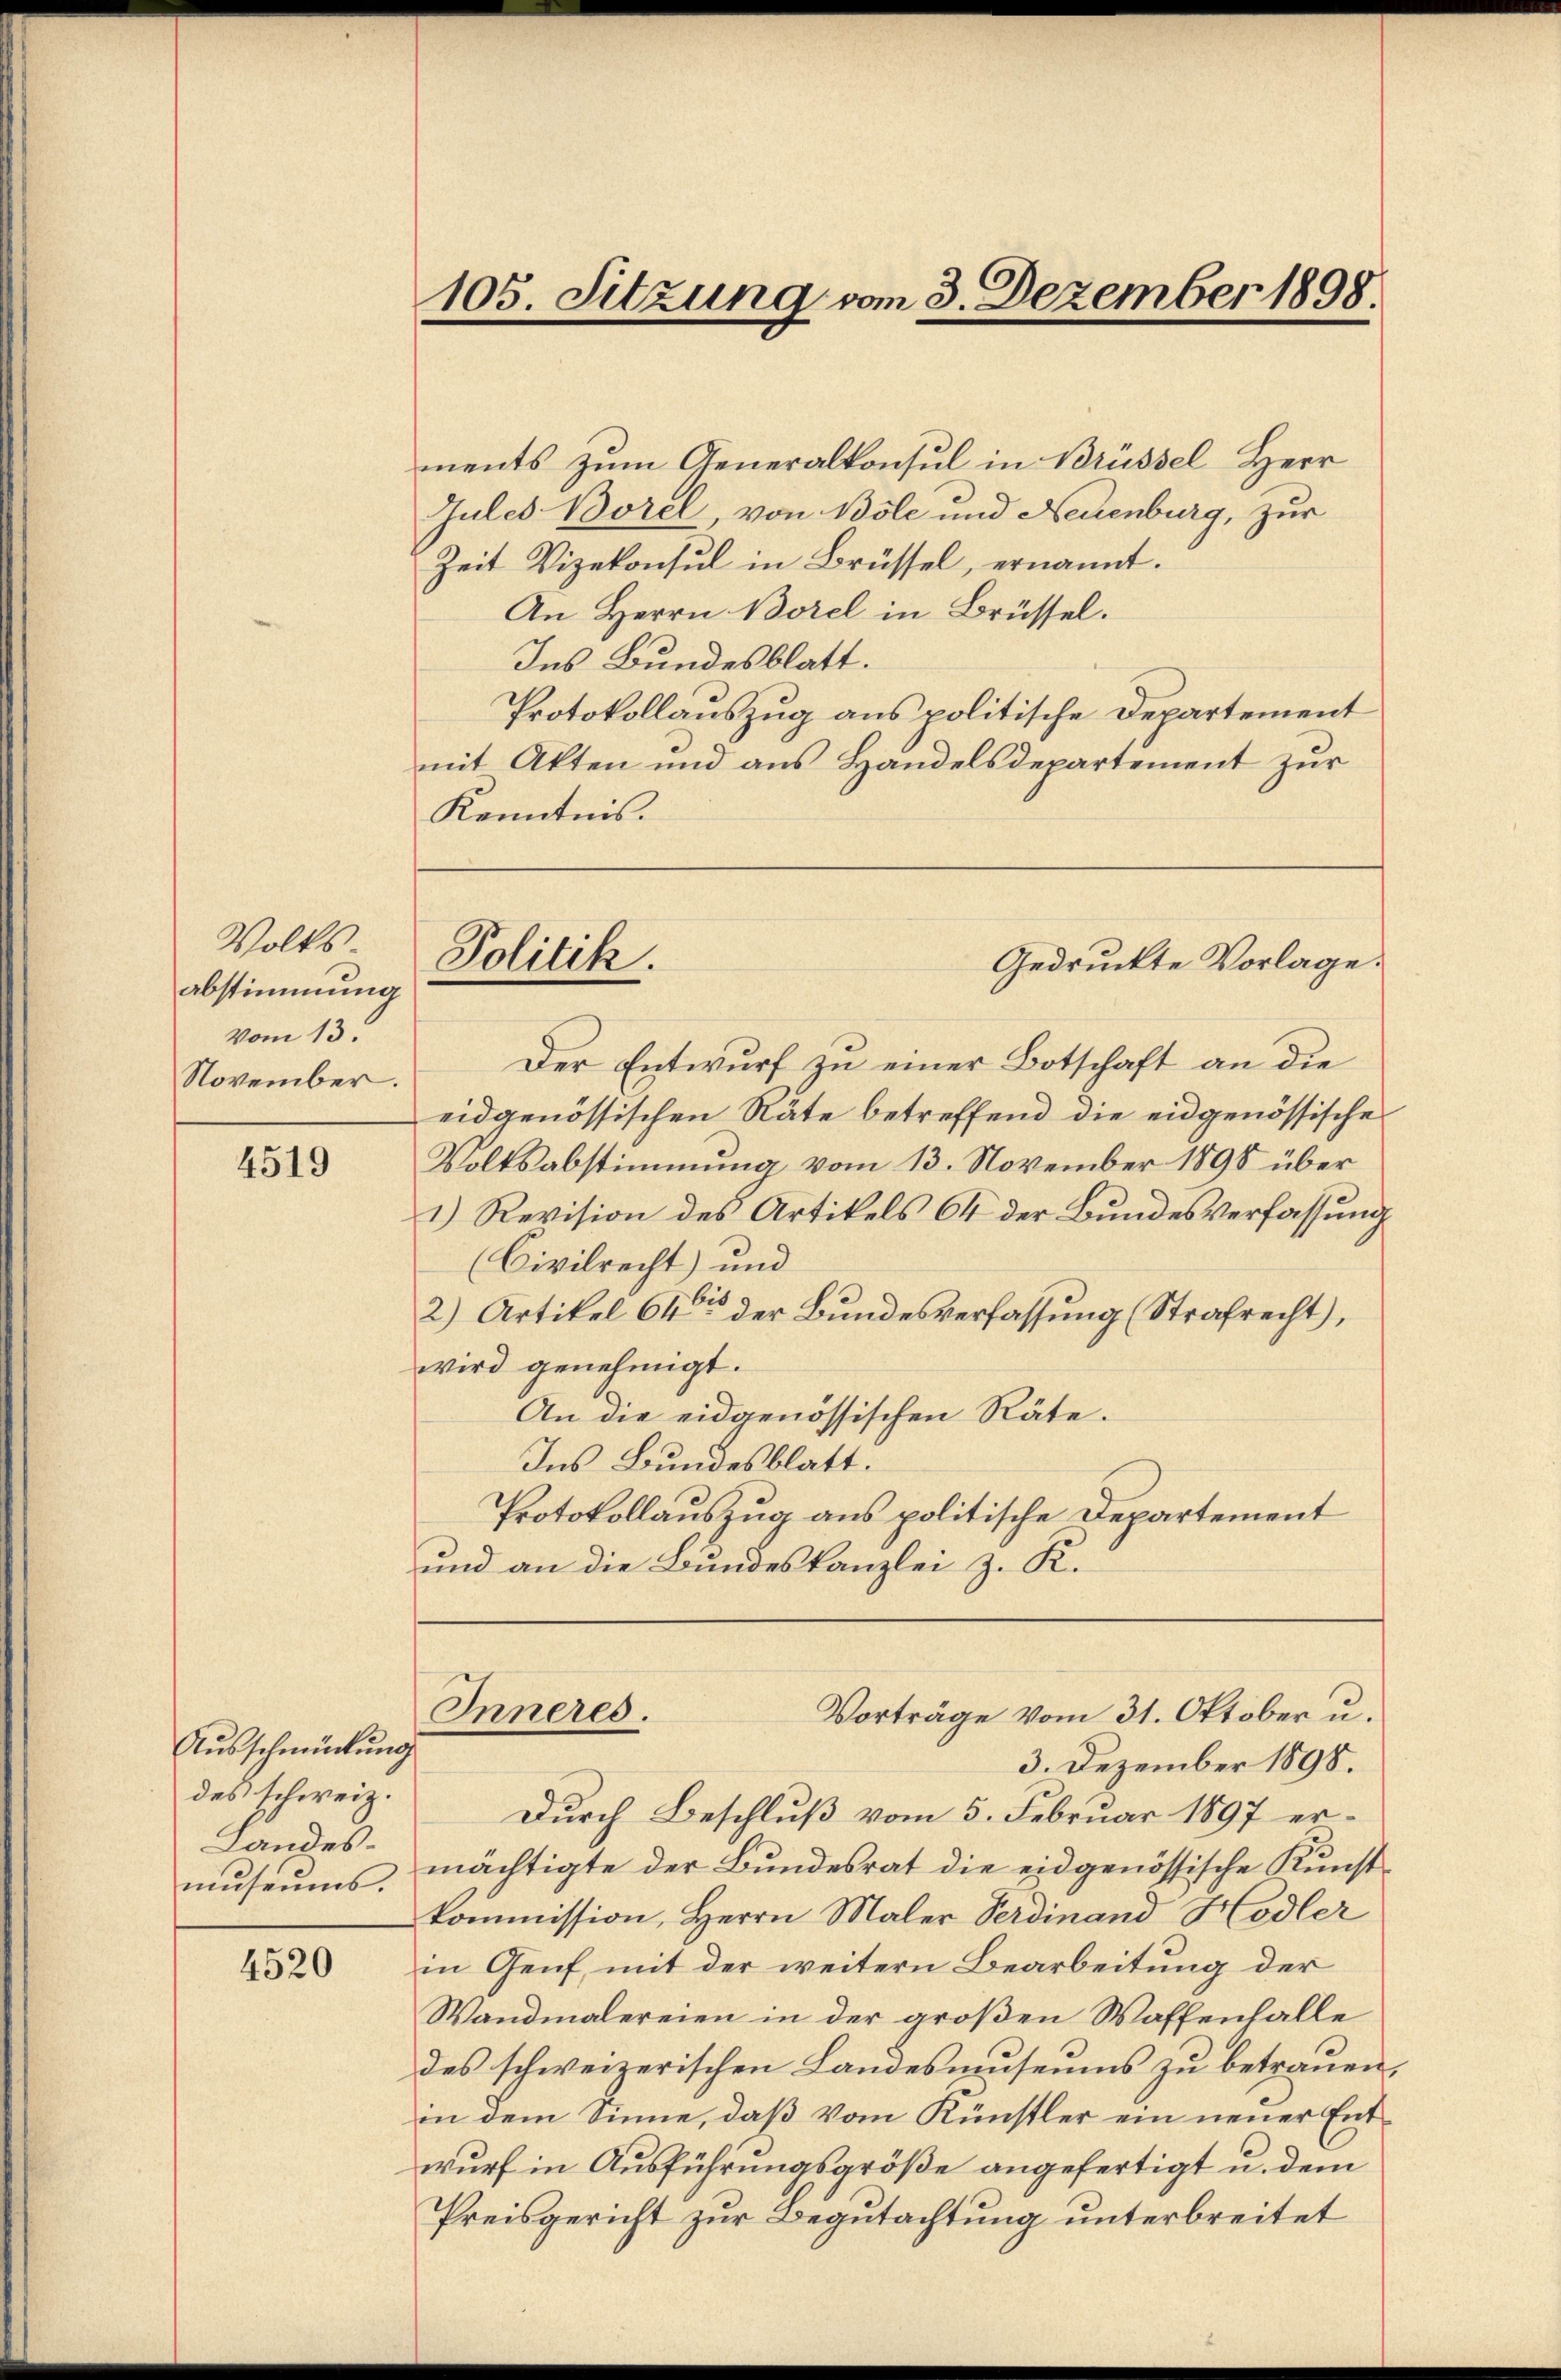
Volks
abstimmung
vom 13.
November.

4519

Ausschmückung
des schweiz.
Landesmuseums.

4520

105. Sitzung vom 3. Dezember 1898.

Politik.

ments zum Generalkonsul in Brüssel Herr
Gules Borel von Bole und Neuenburg, zur
Zeit Vizekonsul in Brüssel, ernannt.
An Herrn Borel in Brüssel.
Ins Bundesblatt.
Protokollauszug aus politische Departement
mit Akten und aus Handelsdepartement zur
Kenntnis.
Gedruckte Vorlage.
Der Entwurf zu einer Botschaft an die
eidgenössischen Räte betreffend die eidgenössische
Volksabstimmung vom 13. November 1898 über
1.) Revision des Artikels 64 der Bundesverfassung
(Civilrecht) und
2) Artikel 64 der Bundesverfassung (Strafrecht),
wird genehmigt.
An die eidgenössischen Räte.
Ins Bundesblatt.
Protokollauszug aus politische Departement
und an die Bundeskanzlei z. K.
Inneres.
Vorträge vom 31. Oktober u.
3. Dezember 1898.
Durch Beschluß vom 5. Februar 1897 ermächtigte der Bundesrat die eidgenössische Kunst
kommission, Herrn Maler Verdinand Hodler
in Genf, mit der weitern Bearbeitung der
Wandmalereien in der großen Waffenhalle
des schweizerischen Landesmuseums zu betrauen
in dem Sinne, daß vom Künstler ein neuer Entwurf in Ausführungsgröße angefertigt u. dem
Preisgericht zur Begutachtung unterbreitet